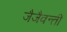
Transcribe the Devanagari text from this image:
जैजैवन्ती